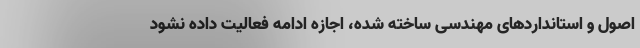
اصول و استانداردهای مهندسی ساخته شده، اجازه ادامه فعالیت داده نشود